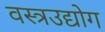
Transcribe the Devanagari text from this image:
वस्त्रउद्योग